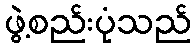
ဖွဲ့စည်းပုံသည်